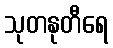
သုတနုတီရေ